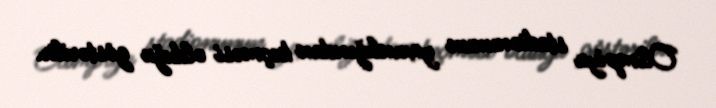
Olimpiya stadionunun yaxınlığından keçməsi olduğu göstərilir.